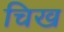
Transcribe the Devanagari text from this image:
चिख